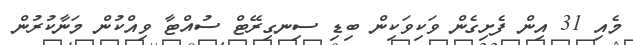
މެއި 31 އިން ފެށިގެން ވަކިވަކިން ބިޑި ސިނގިރޭޓް ސުއްޓާ ވިއްކުން މަނާކުރުން